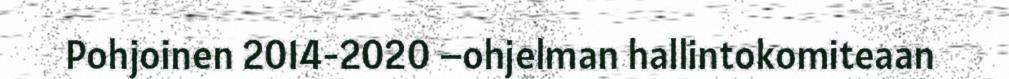
Pohjoinen 2014-2020 –ohjelman hallintokomiteaan